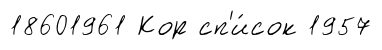
18601961 Кор сп'и́сок 1957